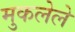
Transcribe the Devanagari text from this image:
मुकलेले